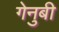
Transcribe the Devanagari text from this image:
गेनुबी